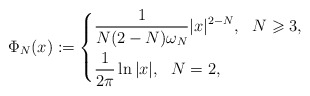
\begin{align*}\Phi_{N}(x):=\left\{ \begin{aligned} &\frac{1}{N(2-N)\omega_{N}}|x|^{2-N},\ \ N\geqslant 3,\\ &\frac{1}{2\pi}\ln|x|,\ \ N=2, \end{aligned}\right.\end{align*}